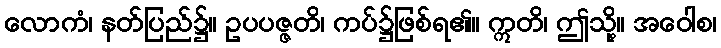
လောကံ၊ နတ်ပြည်၌။ ဥပပဇ္ဇတိ၊ ကပ်၌ဖြစ်ရ၏။ ဣတိ၊ ဤသို့။ အဝေါစ၊